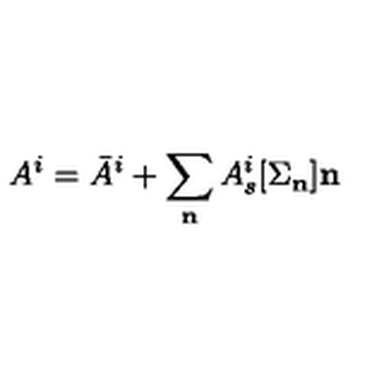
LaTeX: A ^ { i } = \bar { A } ^ { i } + \sum _ { \bf n } A _ { s } ^ { i } [ { \Sigma _ { \bf n } } ] { \bf n }